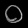
Digit: ၀